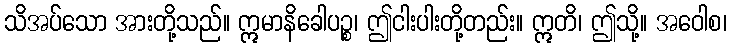
သိအပ်သော အားတို့သည်။ ဣမာနိခေါပဉ္စ၊ ဤငါးပါးတို့တည်း။ ဣတိ၊ ဤသို့။ အဝေါစ၊